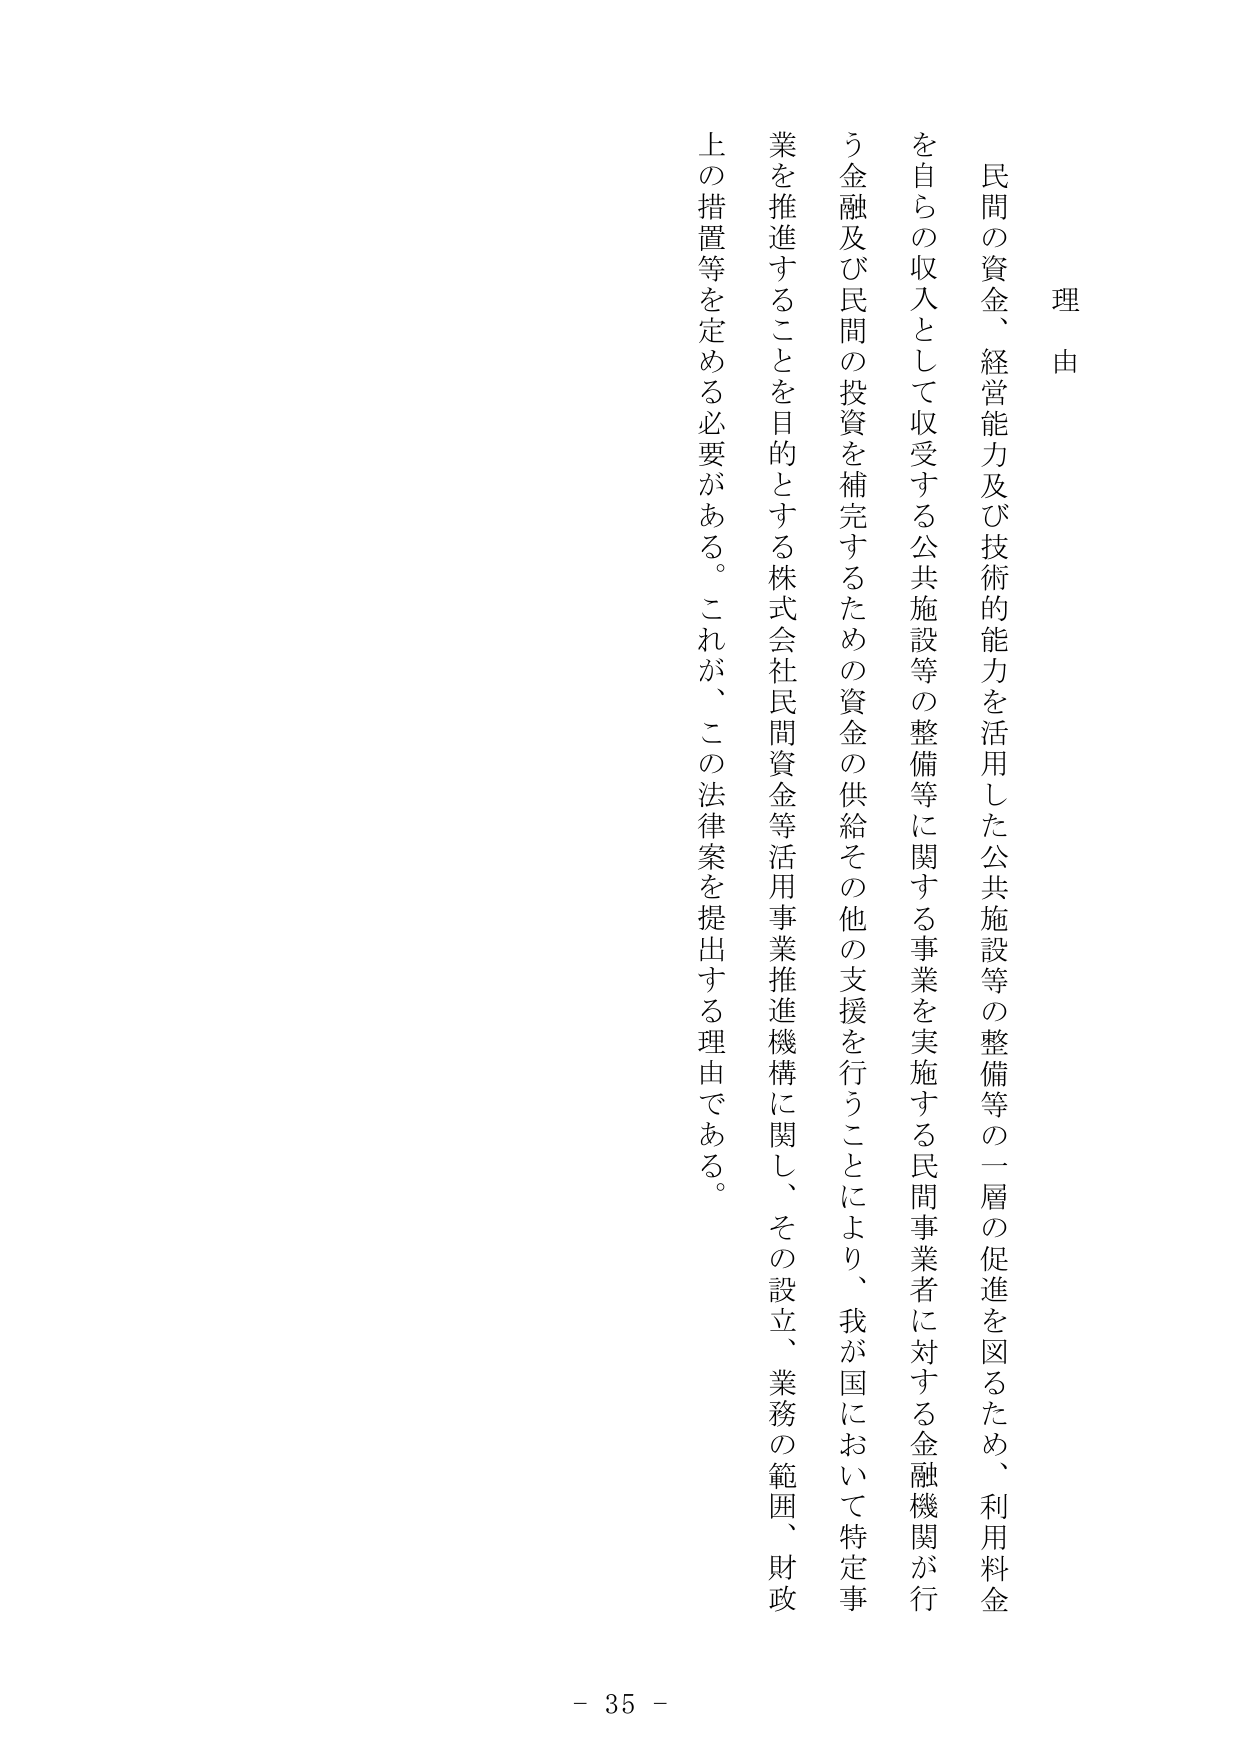
理由

民間の資金、経営能力及び技術的能力を活用した公共施設等の整備等の一層の促進を図るため、利用料金を自らの収入として収受する公共施設等の整備等に関する事業を実施する民間事業者に対する金融機関が行う金融及び民間の投資を補完するための資金の供給その他の支援を行うことにより、我が国において特定事業を推進することを目的とする株式会社民間資金等活用事業推進機構に関し、その設立、業務の範囲、財政上の措置等を定める必要がある。これが、この法律案を提出する理由である。

- 35 -